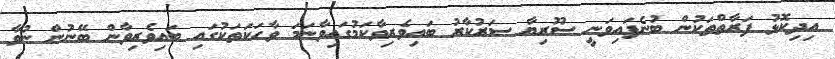
އިދިކޮޅު ފަރާތްތަކުން ބުނެފައިވަނީ ސޫރިޔާ ސަރުކާރު ބައިވެރިވާކަމުގައިވާނަމަ ވާހަކަތަކުގައި ބައިވެރިވާން ބޭނުން ނުވާ